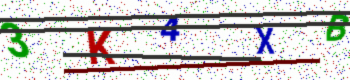
Text: 3K4XB